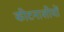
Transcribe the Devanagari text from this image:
कीटनाशीयों